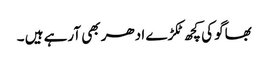
بھاگو کی کچھ ٹکڑے ادھر بھی آرہے ہیں ۔